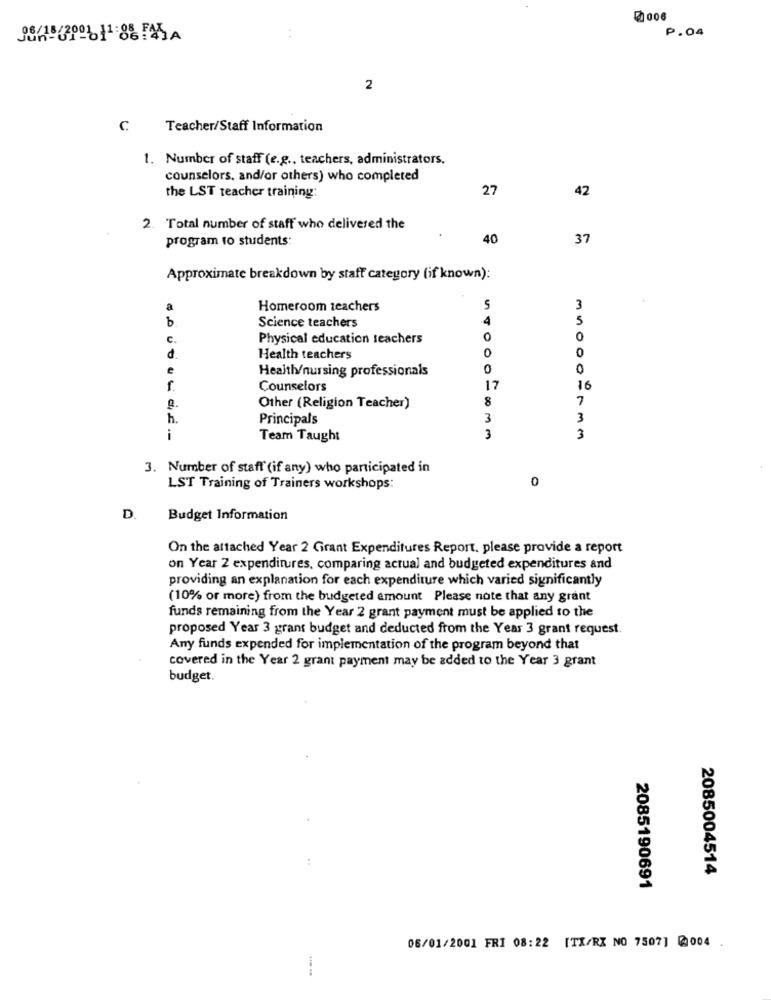
₡006
P.04
2
C
Teacher/Staff Information
1. Number of staff (e.g ., teachers, administrators.
counselors, and/or others) who completed
27
42
the LST teacher training:
2. Total number of staff who delivered the
program to students:
40
37
Approximate breakdown by staff category (if known):
Homeroom teachers
5
3
b
Science teachers
4
5
C.
Physical education teachers
0
0
d.
Health teachers
e
Healthy/nursing professionals
0
0
f.
Counselors
17
16
8
7
g.
Other (Religion Teacher)
h.
Principals
3
3
i
Team Taught
3
3
3. Number of staff (if any) who participated in
0
LST Training of Trainers workshops:
D.
Budget Information
On the attached Year 2 Grant Expenditures Report. please provide a report
on Year 2 expenditures, comparing actual and budgeted expenditures and
providing an explanation for each expenditure which varied significantly
(10% or more) from the budgeted amount Please note that any grant
funds remaining from the Year 2 grant payment must be applied to the
proposed Year 3 grans budget and deducted from the Year 3 grant request.
Any funds expended for implementation of the program beyond that
covered in the Year 2 grant payment may be added to the Year 3 grant
budget.
2085004514
2085190691
06/01/2001 FRI 08:22 [TX/RZ NO 7507] @004